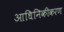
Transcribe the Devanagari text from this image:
आधिनिकीकरण